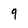
Character: 9